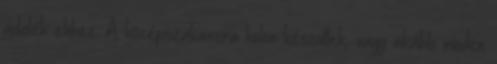
adalék ehhez. A középszakaszra külön készültek, vagy inkább minden